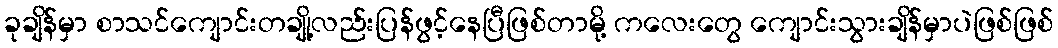
ခုချိန်မှာ စာသင်ကျောင်းတချို့လည်းပြန်ဖွင့်နေပြီဖြစ်တာမို့ ကလေးတွေ ကျောင်းသွားချိန်မှာပဲဖြစ်ဖြစ်